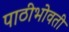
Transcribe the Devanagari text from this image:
पाठीभोवती